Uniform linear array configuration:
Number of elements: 12
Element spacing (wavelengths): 0.75
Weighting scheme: hann
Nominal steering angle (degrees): -60
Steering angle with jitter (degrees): -60.439
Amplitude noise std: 0.05
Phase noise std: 0.05

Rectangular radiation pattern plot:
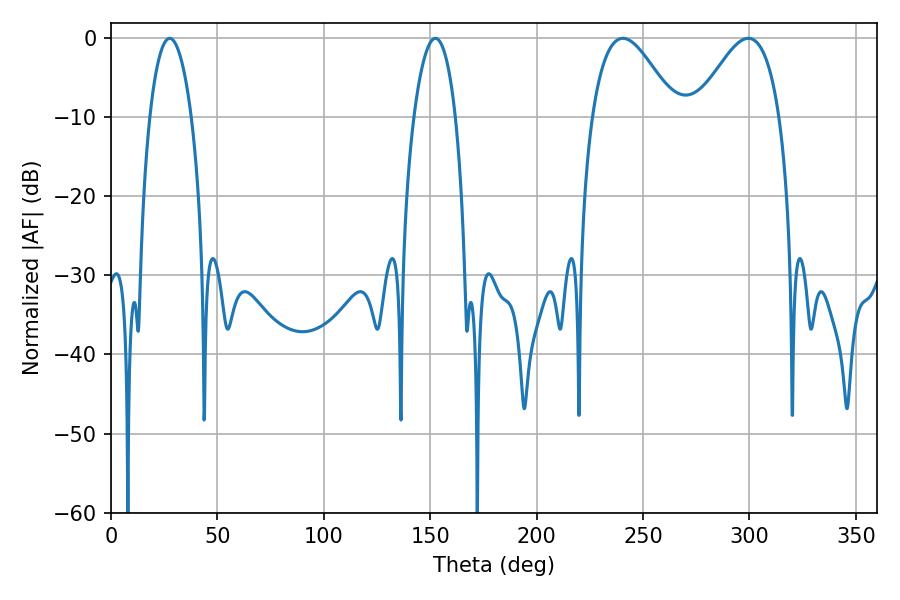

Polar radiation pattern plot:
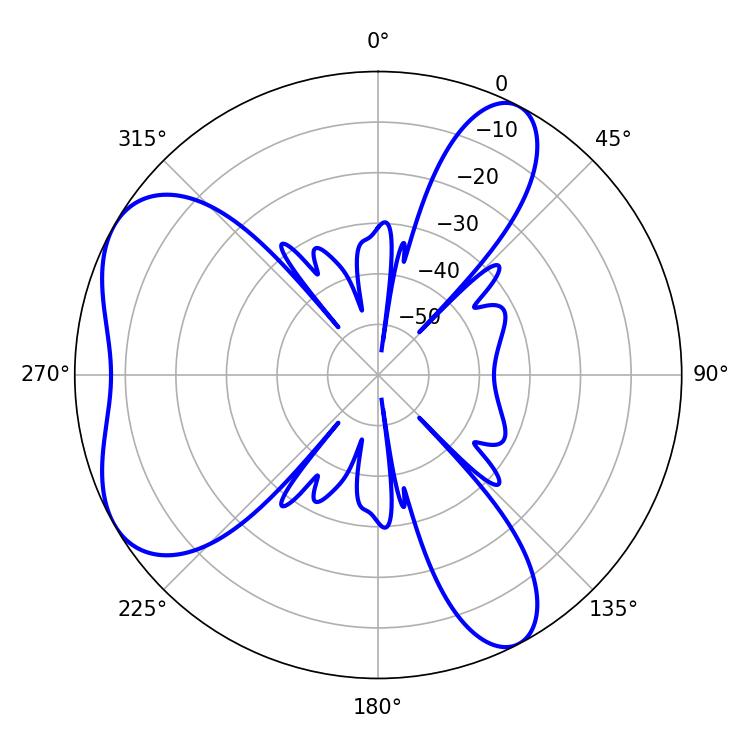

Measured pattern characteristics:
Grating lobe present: TRUE
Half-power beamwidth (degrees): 21.06
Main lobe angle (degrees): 240.48